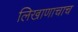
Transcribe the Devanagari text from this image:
लिखाणाचाच